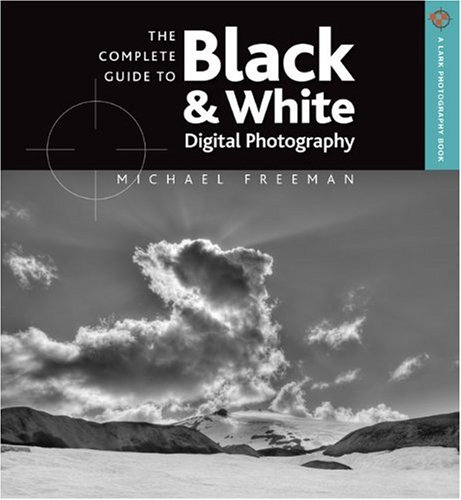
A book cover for The Complete Guide to Black & White Digital Photography (A Lark Photography Book); Michael Freeman; Arts & Photography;